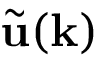
\tilde { \mathbf { u } } ( \mathbf { k } )